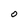
Character: O